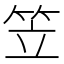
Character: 笠